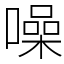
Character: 噪